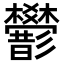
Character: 𢒻